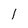
Character: 1